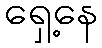
ရှေ့နေ